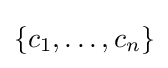
\{c_{1},\ldots ,c_{n}\}